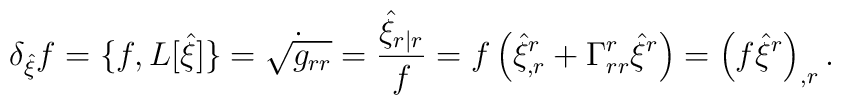
\delta_{\hat\xi}f=\{f,L[\hat\xi]\}=\dot{\sqrt{g_{rr}}}=\frac{\hat\xi_{r|r}}{f}=f\left(\hat\xi^r_{,r}+\Gamma^r_{rr}\hat\xi^r \right)=\left( f\hat\xi^r\right)_{,r}.